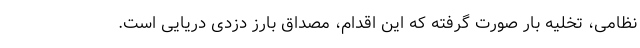
نظامی، تخلیه بار صورت گرفته که این اقدام، مصداق بارز دزدی دریایی است.